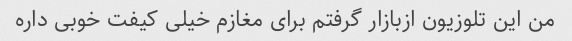
من این تلوزیون ازبازار گرفتم برای مغازم خیلی کیفت خوبی داره